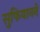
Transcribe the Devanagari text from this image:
सुफियानने